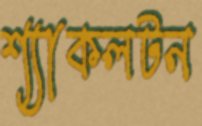
শ্যাকলটন